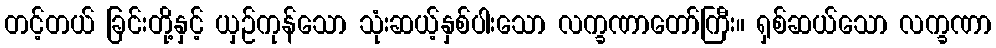
တင့်တယ် ခြင်းတို့နှင့် ယှဉ်ကုန်သော သုံးဆယ့်နှစ်ပါးသော လက္ခဏာတော်ကြီး။ ရှစ်ဆယ်သော လက္ခဏာ